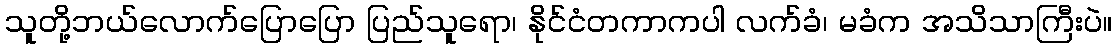
သူတို့ဘယ်လောက်ပြောပြော ပြည်သူရော၊ နိုင်ငံတကာကပါ လက်ခံ၊ မခံက အသိသာကြီးပဲ။